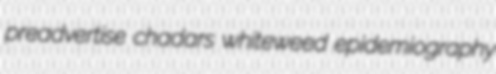
preadvertise chadars whiteweed epidemiography